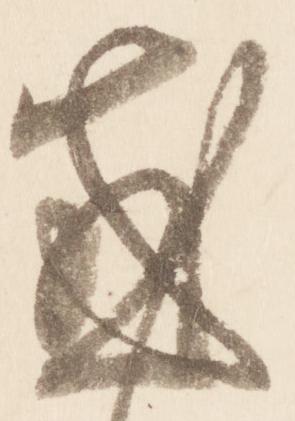
感